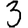
Digit: 3